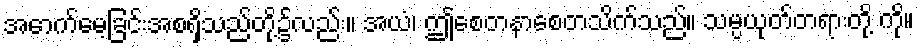
အောက်မေ့ခြင်းအစရှိသည်တို့၌လည်း။ အယံ၊ ဤစေတနာစေတသိက်သည်။ သမ္ပယုတ်တရားတို့ ကို။